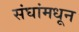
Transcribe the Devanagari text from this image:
संघांमधून